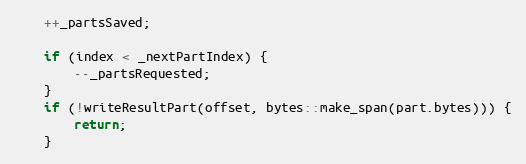
Language: C++
	++_partsSaved;

	if (index < _nextPartIndex) {
		--_partsRequested;
	}
	if (!writeResultPart(offset, bytes::make_span(part.bytes))) {
		return;
	}